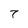
Character: 7